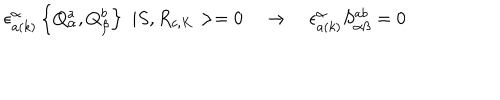
\epsilon _ { a ( k ) } ^ { \alpha } \left\{ Q _ { \alpha } ^ { a } , Q _ { \beta } ^ { b } \right\} \, \, | S , R _ { c , K } > = 0 \quad \rightarrow \quad \epsilon _ { a ( k ) } ^ { \alpha } S _ { \alpha \beta } ^ { a b } = 0